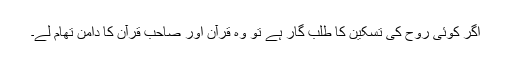
اگر کوئی روح کی تسکین کا طلب گار ہے تو وہ قرآن اور صاحب قرآن کا دامن تھام لے۔